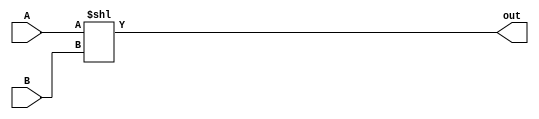
module alu_shifter(
    input[3:0] B,
    input[3:0] A,
    output[7:0] out
    );
    assign out = A<<B;
endmodule